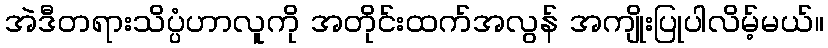
အဲဒီတရားသိပ္ပံဟာလူကို အတိုင်းထက်အလွန် အကျိုးပြုပါလိမ့်မယ်။